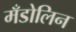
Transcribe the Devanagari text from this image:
मँडोलिन